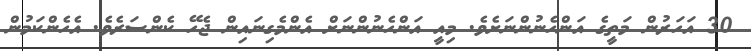
30 އަހަރުން މަތީގެ އަންހެނުންނަށެވެ. މިއީ އަންހެނުންނަށް އެންމެގިނައިން ޖެހޭ ކެންސަރެވެ. އެހެންކަމުން